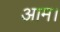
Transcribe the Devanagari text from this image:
आम।